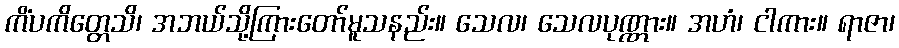
ကိံပကိတ္တေသိ၊ အဘယ်သို့ကြားတော်မူသနည်း။ သေလ၊ သေလပုဏ္ဏား။ အဟံ၊ ငါကား။ ရာဇာ၊